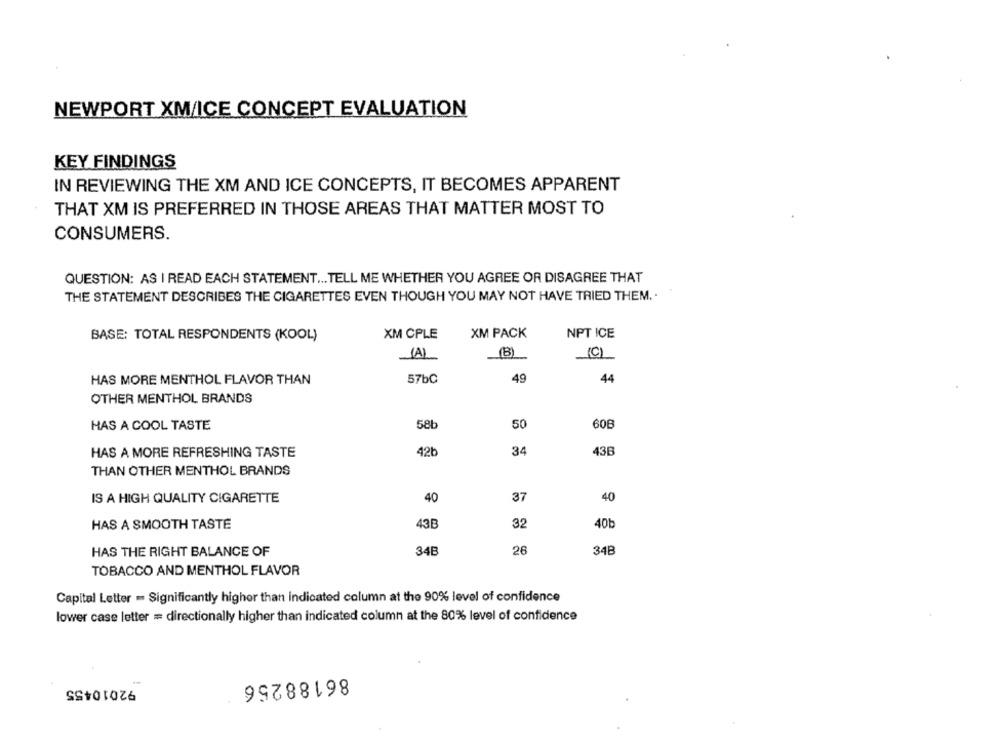
NEWPORT XM/ICE CONCEPT EVALUATION
KEY FINDINGS
IN REVIEWING THE XM AND ICE CONCEPTS, IT BECOMES APPARENT
THAT XM IS PREFERRED IN THOSE AREAS THAT MATTER MOST TO
CONSUMERS.
QUESTION: AS I READ EACH STATEMENT ... TELL ME WHETHER YOU AGREE OR DISAGREE THAT
THE STATEMENT DESCRIBES THE CIGARETTES EVEN THOUGH YOU MAY NOT HAVE TRIED THEM ..
XM PACK
NPT ICE
BASE: TOTAL RESPONDENTS (KOOL)
XM CPLE
(AL
B)
(C)
57bC
49
44
HAS MORE MENTHOL FLAVOR THAN
OTHER MENTHOL BRANDS
58₺
50
60B
HAS A COOL TASTE
42b
34
436
HAS A MORE REFRESHING TASTE
THAN OTHER MENTHOL BRANDS
IS A HIGH QUALITY CIGARETTE
37
40
40
HAS A SMOOTH TASTE
43B
32
40b
HAS THE RIGHT BALANCE OF
34E
26
34B
TOBACCO AND MENTHOL FLAVOR
Capital Letter - Significantly higher than indicated column at the 90% level of confidence
lower case letter = directionally higher than indicated column at the 80% level of confidence
92010455
86188256